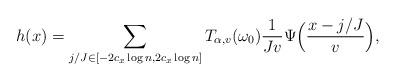
LaTeX: \begin{align*}h(x) = \sum_{j/J \in [-2c_x \log n, 2c_x \log n]} T_{\alpha,v}(\omega_0) \frac{1}{J v} \Psi\Bigl( \frac{x-j/J}{v} \Bigr),\end{align*}